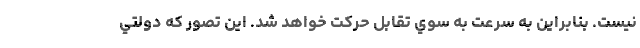
نيست. بنابراين به سرعت به سوي تقابل حركت خواهد شد. اين تصور كه دولتي